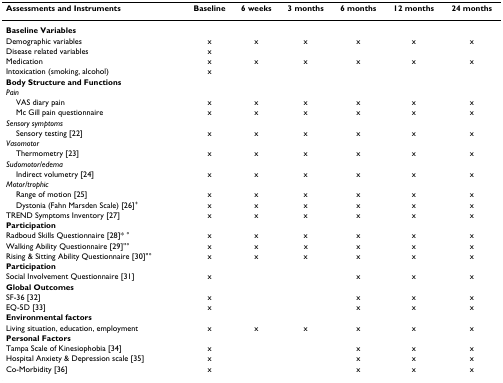
<table><thead><tr><td><b>Assessments and Instruments</b></td><td><b>Baseline</b></td><td><b>6 weeks</b></td><td><b>3 months</b></td><td><b>6 months</b></td><td><b>12 months</b></td><td><b>24 months</b></td></tr></thead><tbody><tr><td><b>Baseline Variables</b></td><td></td><td></td><td></td><td></td><td></td><td></td></tr><tr><td>Demographic variables</td><td>x</td><td>x</td><td>x</td><td>x</td><td>x</td><td>x</td></tr><tr><td>Disease related variables</td><td>x</td><td></td><td></td><td></td><td></td><td></td></tr><tr><td>Medication</td><td>x</td><td>x</td><td>x</td><td>x</td><td>x</td><td>x</td></tr><tr><td>Intoxication (smoking, alcohol)</td><td>x</td><td></td><td></td><td></td><td></td><td></td></tr><tr><td><b>Body Structure and Functions</b></td><td></td><td></td><td></td><td></td><td></td><td></td></tr><tr><td><i>Pain</i></td><td></td><td></td><td></td><td></td><td></td><td></td></tr><tr><td> VAS diary pain</td><td>x</td><td>x</td><td>x</td><td>x</td><td>x</td><td>x</td></tr><tr><td> Mc Gill pain questionnaire</td><td>x</td><td>x</td><td>x</td><td>x</td><td>x</td><td>x</td></tr><tr><td><i>Sensory symptoms</i></td><td></td><td></td><td></td><td></td><td></td><td></td></tr><tr><td> Sensory testing [22]</td><td>x</td><td>x</td><td>x</td><td>x</td><td>x</td><td>x</td></tr><tr><td><i>Vasomotor</i></td><td></td><td></td><td></td><td></td><td></td><td></td></tr><tr><td> Thermometry [23]</td><td>x</td><td>x</td><td>x</td><td>x</td><td>x</td><td>x</td></tr><tr><td><i>Sudomotor/edema</i></td><td></td><td></td><td></td><td></td><td></td><td></td></tr><tr><td> Indirect volumetry [24]</td><td>x</td><td>x</td><td>x</td><td>x</td><td>x</td><td>x</td></tr><tr><td><i>Motor/trophic</i></td><td></td><td></td><td></td><td></td><td></td><td></td></tr><tr><td> Range of motion [25]</td><td>x</td><td>x</td><td>x</td><td>x</td><td>x</td><td>x</td></tr><tr><td> Dystonia (Fahn Marsden Scale) [26]<sup>+</sup></td><td>x</td><td>x</td><td>x</td><td>x</td><td>x</td><td>x</td></tr><tr><td>TREND Symptoms Inventory [27]</td><td>x</td><td>x</td><td>x</td><td>x</td><td>x</td><td>x</td></tr><tr><td><b>Participation</b></td><td></td><td></td><td></td><td></td><td></td><td></td></tr><tr><td>Radboud Skills Questionnaire [28]* °</td><td>x</td><td>x</td><td>x</td><td>x</td><td>x</td><td>x</td></tr><tr><td>Walking Ability Questionnaire [29]&quot;°</td><td>x</td><td>x</td><td>x</td><td>x</td><td>x</td><td>x</td></tr><tr><td>Rising &amp; Sitting Ability Questionnaire [30]&quot;°</td><td>x</td><td>x</td><td>x</td><td>x</td><td>x</td><td>x</td></tr><tr><td><b>Participation</b></td><td></td><td></td><td></td><td></td><td></td><td></td></tr><tr><td>Social Involvement Questionnaire [31]</td><td>x</td><td></td><td></td><td>x</td><td>x</td><td>x</td></tr><tr><td><b>Global Outcomes</b></td><td></td><td></td><td></td><td></td><td></td><td></td></tr><tr><td>SF-36 [32]</td><td>x</td><td></td><td></td><td>x</td><td>x</td><td>x</td></tr><tr><td>EQ-5D [33]</td><td>x</td><td></td><td></td><td>x</td><td>x</td><td>x</td></tr><tr><td><b>Environmental factors</b></td><td></td><td></td><td></td><td></td><td></td><td></td></tr><tr><td>Living situation, education, employment</td><td>x</td><td>x</td><td>x</td><td>x</td><td>x</td><td>x</td></tr><tr><td><b>Personal Factors</b></td><td></td><td></td><td></td><td></td><td></td><td></td></tr><tr><td>Tampa Scale of Kinesiophobia [34]</td><td>x</td><td></td><td></td><td>x</td><td>x</td><td>x</td></tr><tr><td>Hospital Anxiety &amp; Depression scale [35]</td><td>x</td><td></td><td></td><td>x</td><td>x</td><td>x</td></tr><tr><td>Co-Morbidity [36]</td><td>x</td><td></td><td></td><td>x</td><td>x</td><td>x</td></tr></tbody></table>